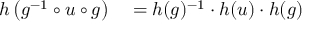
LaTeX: \begin{array} { r l } { h \left( g ^ { - 1 } \circ u \circ g \right) } & { { } = h ( g ) ^ { - 1 } \cdot h ( u ) \cdot h ( g ) } \end{array}